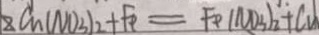
C u ( N O _ { 3 } ) _ { 2 } + F e = F e ( N O _ { 3 } ) _ { 2 } + C u